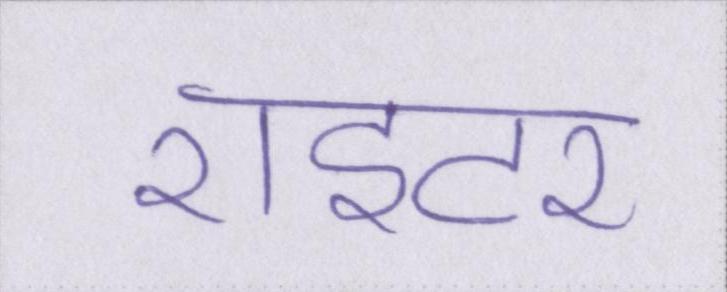
राइटर